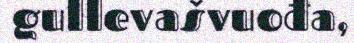
gullevašvuođa,